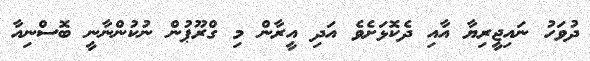
ދުވަހު ނައިޖީރިޔާ އާއި ދެކޮޅަށެވެ އަދި އީރާން މި ގްރޫޕުން ނުކުންނާނީ ބޮސްނިއާ